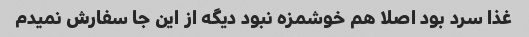
غذا سرد بود اصلا هم خوشمزه نبود دیگه از این جا سفارش نمیدم